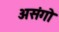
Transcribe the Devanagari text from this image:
असंगो